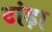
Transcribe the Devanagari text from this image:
टांड़ा